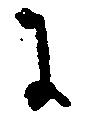
に